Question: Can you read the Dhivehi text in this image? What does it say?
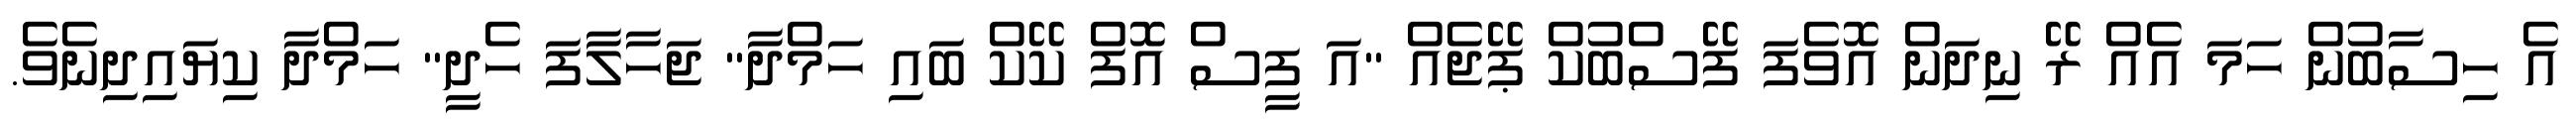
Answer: އެ ހިސާބުން ހަމަ އެއް ރޭ ނިދަން އޮވެފަ ފޭސްބުކް ޕޭޖެއް "އަ ފީސް އޮފް ކޭކް ބައި ހަމްދާ" ޖަހާލާފަ ހެދީ" ހަމްދާ ކިޔައިދިނެވެ.